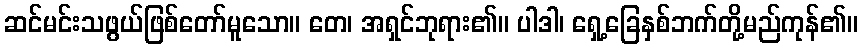
ဆင်မင်းသဖွယ်ဖြစ်တော်မူသော။ တေ၊ အရှင်ဘုရား၏။ ပါဒါ၊ ရှေ့ခြေနှစ်ဘက်တို့မည်ကုန်၏။